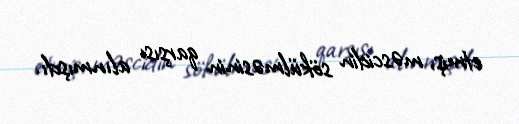
etmiş, məscidin sökülməsinin qarşısı alınmışdı.